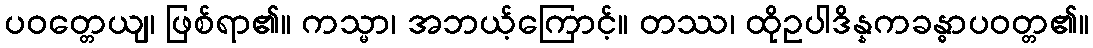
ပဝတ္တေယျ၊ ဖြစ်ရာ၏။ ကသ္မာ၊ အဘယ့်ကြောင့်။ တဿ၊ ထိုဥပါဒိန္နကခန္ဓာပဝတ္တ၏။